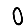
Digit: 0